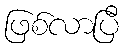
ဖြစ်လာပြီ